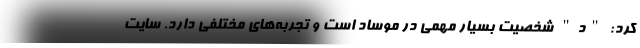
کرد: "د" شخصیت بسیار مهمی در موساد است و تجربه‌های مختلفی دارد. سایت